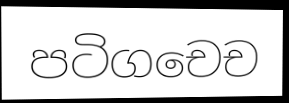
පටිගචෙච